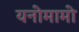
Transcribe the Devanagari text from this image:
यनोमामो